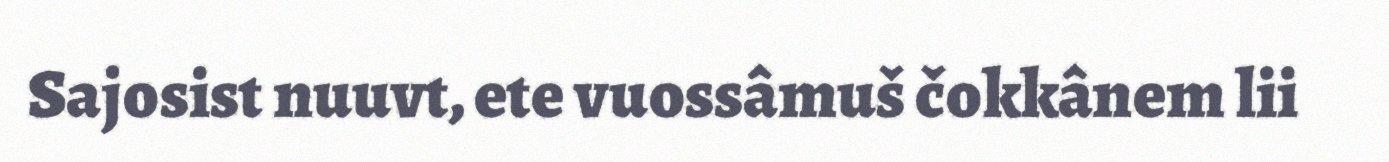
Sajosist nuuvt, ete vuossâmuš čokkânem lii